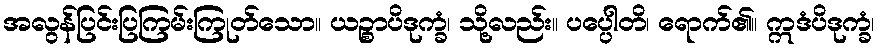
အလွန်ပြင်းပြကြမ်းကြုတ်သော။ ယဉ္စာပိဒုက္ခံ၊ သို့လည်း။ ပပ္ပေါတိ၊ ရောက်၏။ ဣဒံပိဒုက္ခံ၊